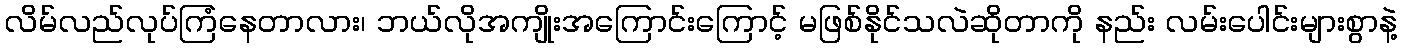
လိမ်လည်လုပ်ကြံနေတာလား၊ ဘယ်လိုအကျိုးအကြောင်းကြောင့် မဖြစ်နိုင်သလဲဆိုတာကို နည်း လမ်းပေါင်းများစွာနဲ့